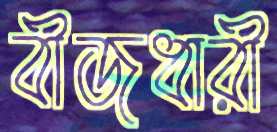
বীজধারী